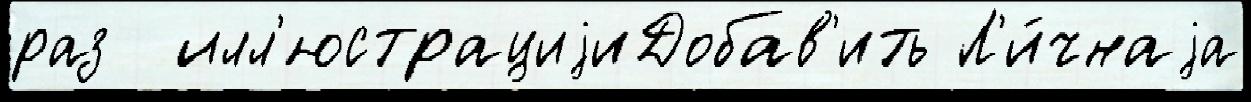
раз  илл'юстрациjиДобав'ить Л'и́чнаjа